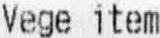
VEGE ITEM